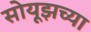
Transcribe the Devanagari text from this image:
सोयूझच्या